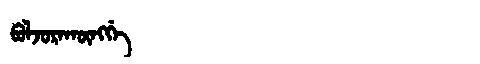
Manchu: ᠪᠣᠯᠵᠣᡵᠠᡴᡡᠩᡤᡝ
Romanization: BOLJORAKŪNGGE